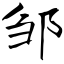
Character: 邹